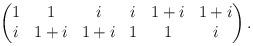
LaTeX: \begin{align*}\begin{pmatrix}1 & 1 & i & i & 1+i & 1+i\\i & 1+i & 1+i & 1 & 1 & i\end{pmatrix}.\end{align*}